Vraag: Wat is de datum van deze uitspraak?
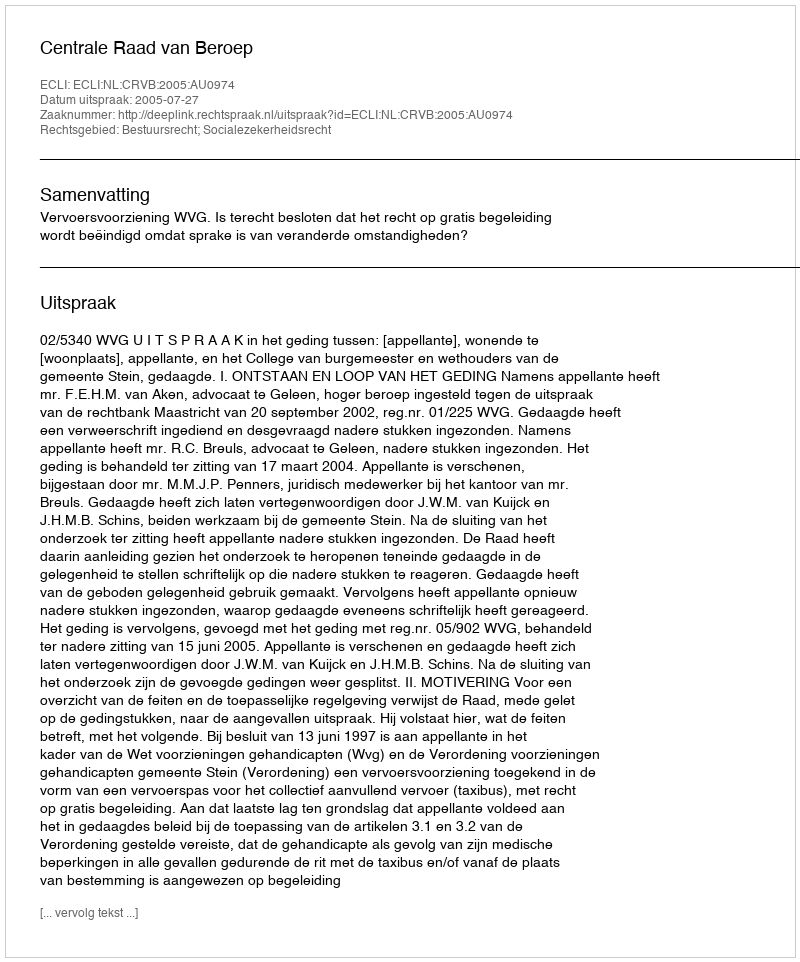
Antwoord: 2005-07-27